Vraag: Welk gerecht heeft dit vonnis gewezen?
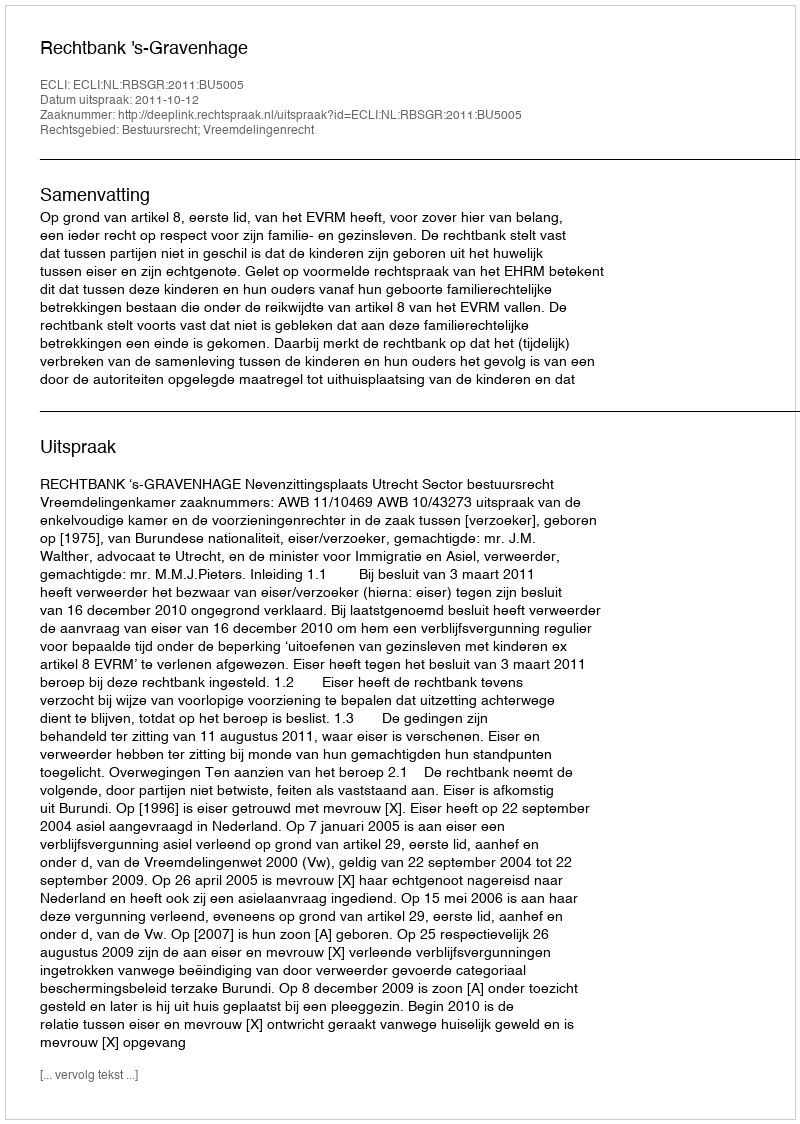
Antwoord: Rechtbank 's-Gravenhage